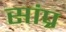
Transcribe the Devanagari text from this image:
सांप्र